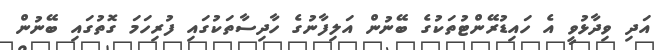
އަދި ވިދާޅުވީ އެ ހައިޑުރޭންޓުތަކުގެ ބޭނުން އަލިފާނުގެ ހާދިސާތަކުގައި ފުރިހަމަ ގޮތުގައި ބޭނުން